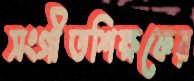
সংগীতশিক্ষকের